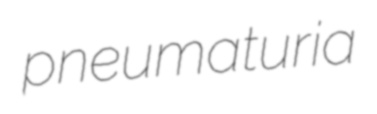
pneumaturia